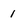
Character: 1